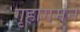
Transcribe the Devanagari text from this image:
गृहागमन